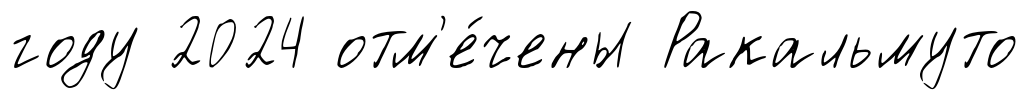
году 2024 отм'е́чены Ракальмуто